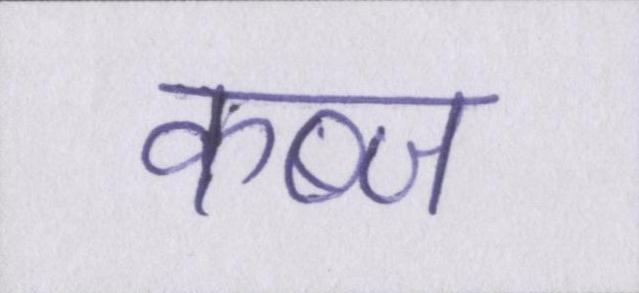
कब्ज